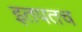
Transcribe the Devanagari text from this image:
इतपतच